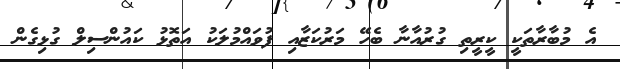
އެ މުބާރާތަކީ ކީރީތި ގުރުއާނާ ބެހޭ މަރުކަޒާއި ފުވައްމުލަކު އަތޮޅު ކައުންސިލް ގުޅިގެން